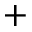
^ +